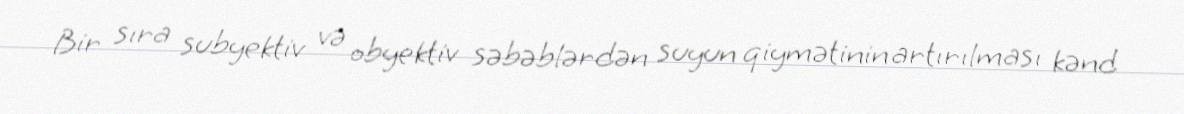
Bir sıra subyektiv və obyektiv səbəblərdən suyun qiymətinin artırılması kənd